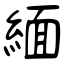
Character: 緬